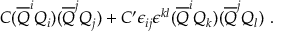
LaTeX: C ( { \overline { { Q } } } ^ { i } Q _ { i } ) ( { \overline { { Q } } } ^ { j } Q _ { j } ) + C ^ { \prime } \epsilon _ { i j } \epsilon ^ { { k } { l } } ( { \overline { { Q } } } ^ { i } Q _ { k } ) ( { \overline { { Q } } } ^ { j } Q _ { l } ) ~ .